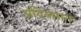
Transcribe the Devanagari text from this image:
अदियमान